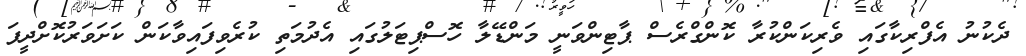
ދެކުނު އެފްރިކާގައި ވެރިކަންކުރާ ކޮންގްރެސް ޕާޓިންވަނީ މަންޑޭލާ ހޮސްޕިޓަލުގައި އެދުމަތި ކުރެވިފައިވާކަން ކަށަވަރުކޮށްދީފަ